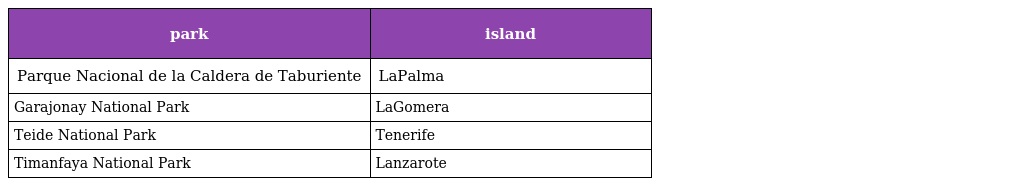
| park | island |
 | --- | --- |
 | Parque Nacional de la Caldera de Taburiente | LaPalma |
 | Garajonay National Park | LaGomera |
 | Teide National Park | Tenerife |
 | Timanfaya National Park | Lanzarote |